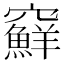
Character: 䇁